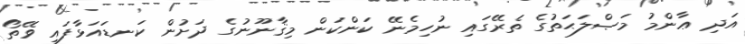
އަދި ޢާންމު މަޞްލަޙަތުގެ ތެރޭގައި ނުހިމެނޭ ކަންކަން މިޤާނޫނުގެ ދަށުން ކަނޑައަޅާފައި ވޭތޯ